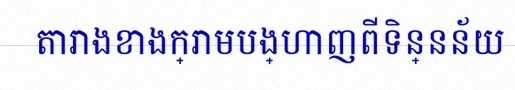
តារាងខាងក្រោមបង្ហាញពីទិន្នន័យ